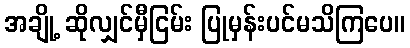
အချို့ ဆိုလျှင်မှီငြမ်း ပြုမှန်းပင်မသိကြပေ။